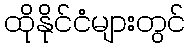
ထိုနိုင်ငံများတွင်